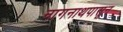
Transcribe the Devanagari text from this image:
नागनाथपासून